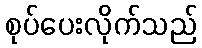
စုပ်ပေးလိုက်သည်